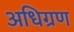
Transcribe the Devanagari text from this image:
अधिग्रण